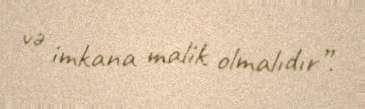
və imkana malik olmalıdır”.